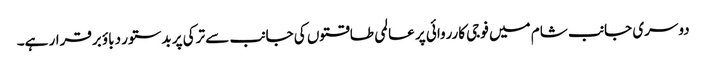
دوسری جانب شام میں فوجی کارروائی پر عالمی طاقتوں کی جانب سے ترکی پر بدستور دباؤ برقرار ہے۔